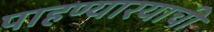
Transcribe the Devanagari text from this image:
पाहण्यारयाची